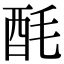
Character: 酕